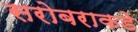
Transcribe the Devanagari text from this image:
सरोबराकडे